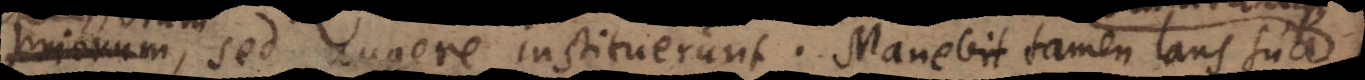
priorum,, sed augere instituerunt. Manebit tamen laus su